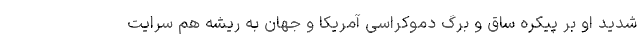
شدید او بر پیکره ساق و برگ دموکراسی آمریکا و جهان به ریشه هم سرایت